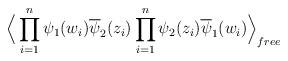
LaTeX: \begin{align*}\Big \langle\prod_{i=1}^n \psi_1(w_i)\overline{\psi}_2(z_i)\prod_{i=1}^n \psi_2(z_i)\overline{\psi}_1(w_i) \Big\rangle_{free}\end{align*}